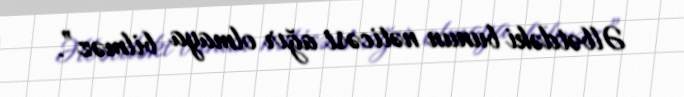
Əlbətdəki bunun nəticəsi ağır olmaya bilməz”.